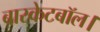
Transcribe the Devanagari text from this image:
बास्केटबॉल।